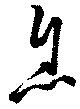
息